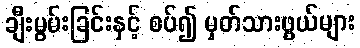
ချီးမွမ်းခြင်းနှင့် စပ်၍ မှတ်သားဖွယ်များ